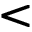
<